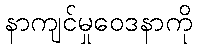
နာကျင်မှုဝေဒနာကို